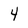
Character: 4